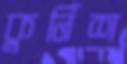
কুর্নিশ